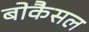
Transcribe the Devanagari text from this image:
बोकैसल